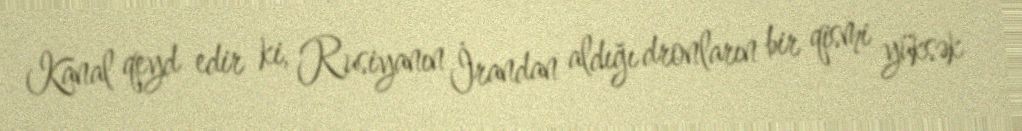
Kanal qeyd edir ki, Rusiyanın İrandan aldığı dronların bir qismi yüksək